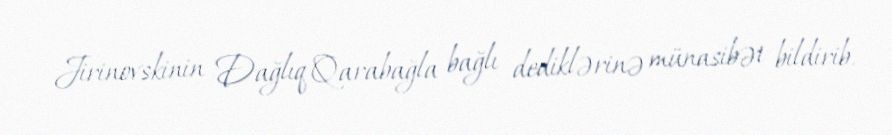
Jirinovskinin Dağlıq Qarabağla bağlı dediklərinə münasibət bildirib.